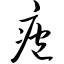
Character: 疱